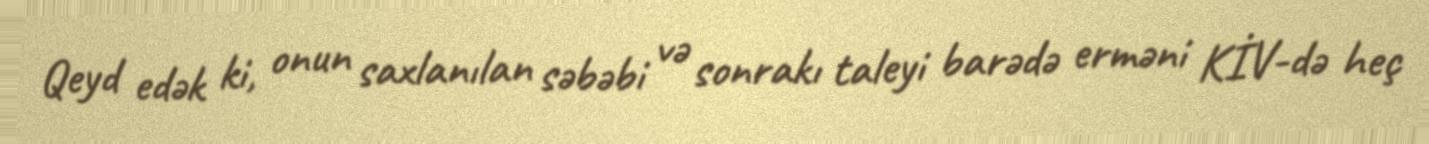
Qeyd edək ki, onun saxlanılan səbəbi və sonrakı taleyi barədə erməni KİV-də heç